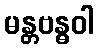
မန္တဗန္ဓဝါ